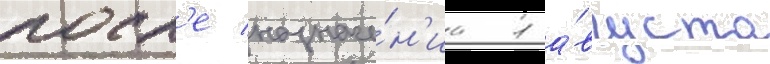
посл'е назначе́н'иа 1 а́вгуста